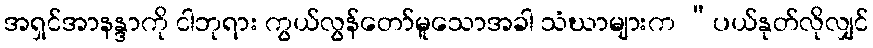
အရှင်အာနန္ဒာကို ငါဘုရား ကွယ်လွန်တော်မူသောအခါ သံဃာများက “ပယ်နုတ်လိုလျှင်